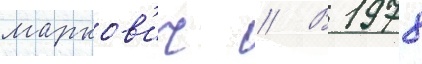
марков'ич // В 1978